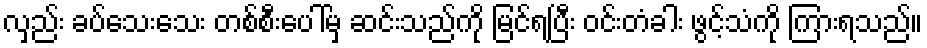
လှည်း ခပ်သေးသေး တစ်စီးပေါ်မှ ဆင်းသည်ကို မြင်ရပြီး ဝင်းတံခါး ဖွင့်သံကို ကြားရသည်။